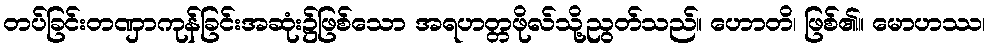
တပ်ခြင်းတဏှာကုန်ခြင်းအဆုံး၌ဖြစ်သော အရဟတ္တဖိုလ်သို့ညွတ်သည်။ ဟောတိ၊ ဖြစ်၏။ မောဟဿ၊